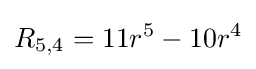
R_{5,4}=11r^{5}-10r^{4}